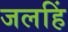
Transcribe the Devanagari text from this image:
जलहिं